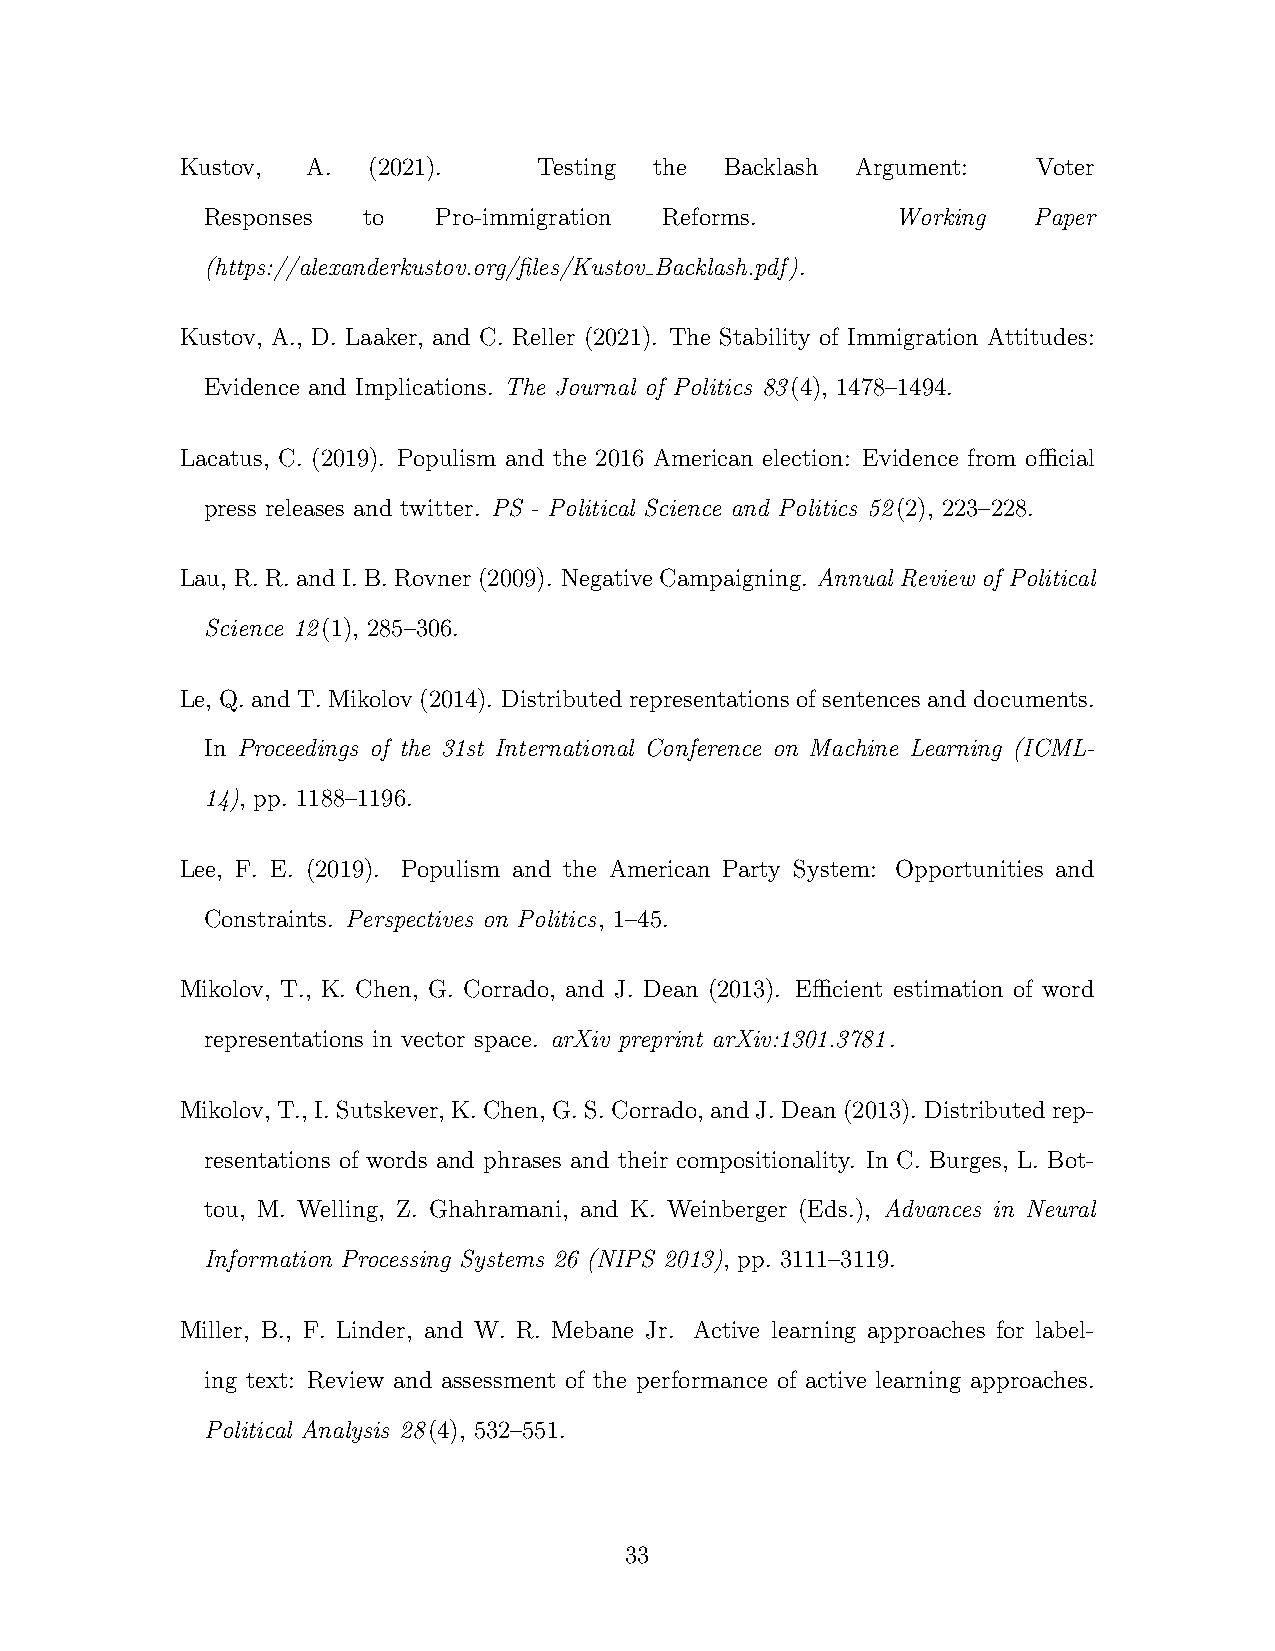
Kustov, A.  (2021).     Testing the Backlash Argument:   Voter
 Responses to   Pro-immigration Reforms.      Working  Paper
 (https://alexanderkustov.org/files/Kustov Backlash.pdf).
 Kustov, A., D. Laaker, and C. Reller (2021). The Stability of Immigration Attitudes:
 Evidence and Implications. The Journal of Politics 83(4), 1478–1494.
 Lacatus, C. (2019). Populism and the 2016 American election: Evidence from official
 press releases and twitter. PS - Political Science and Politics 52(2), 223–228.
 Lau, R. R. and I. B. Rovner (2009). Negative Campaigning. Annual Review of Political
 Science 12(1), 285–306.
 Le, Q. and T. Mikolov (2014). Distributed representations of sentences and documents.
 In Proceedings of the 31st International Conference on Machine Learning (ICML-
 14), pp. 1188–1196.
 Lee, F. E. (2019). Populism and the American Party System: Opportunities and
 Constraints. Perspectives on Politics, 1–45.
 Mikolov, T., K. Chen, G. Corrado, and J. Dean (2013). Efficient estimation of word
 representations in vector space. arXiv preprint arXiv:1301.3781.
 Mikolov, T., I.Sutskever, K.Chen, G.S.Corrado, andJ.Dean(2013). Distributedrep-
 resentations of words and phrases and their compositionality. In C. Burges, L. Bot-
 tou, M. Welling, Z. Ghahramani, and K. Weinberger (Eds.), Advances in Neural
 Information Processing Systems 26 (NIPS 2013), pp. 3111–3119.
 Miller, B., F. Linder, and W. R. Mebane Jr. Active learning approaches for label-
 ing text: Review and assessment of the performance of active learning approaches.
 Political Analysis 28(4), 532–551.
 33